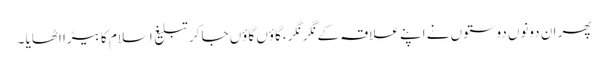
پھر ان دونوں دوستوں نے اپنے علاقہ کے نگر نگر ،گاؤں گاؤں جا کر تبلیغ اسلام کا بیڑا اٹھایا ۔